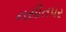
નસીતપર